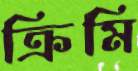
ক্রিমি